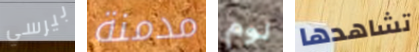
بيرسي مدمنة لوم تشاهدها